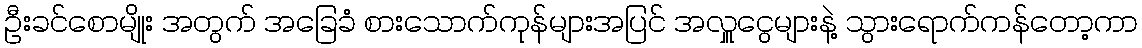
ဦးခင်စောမျိုး အတွက် အခြေခံ စားသောက်ကုန်များအပြင် အလှူငွေများနဲ့ သွားရောက်ကန်တော့ကာ